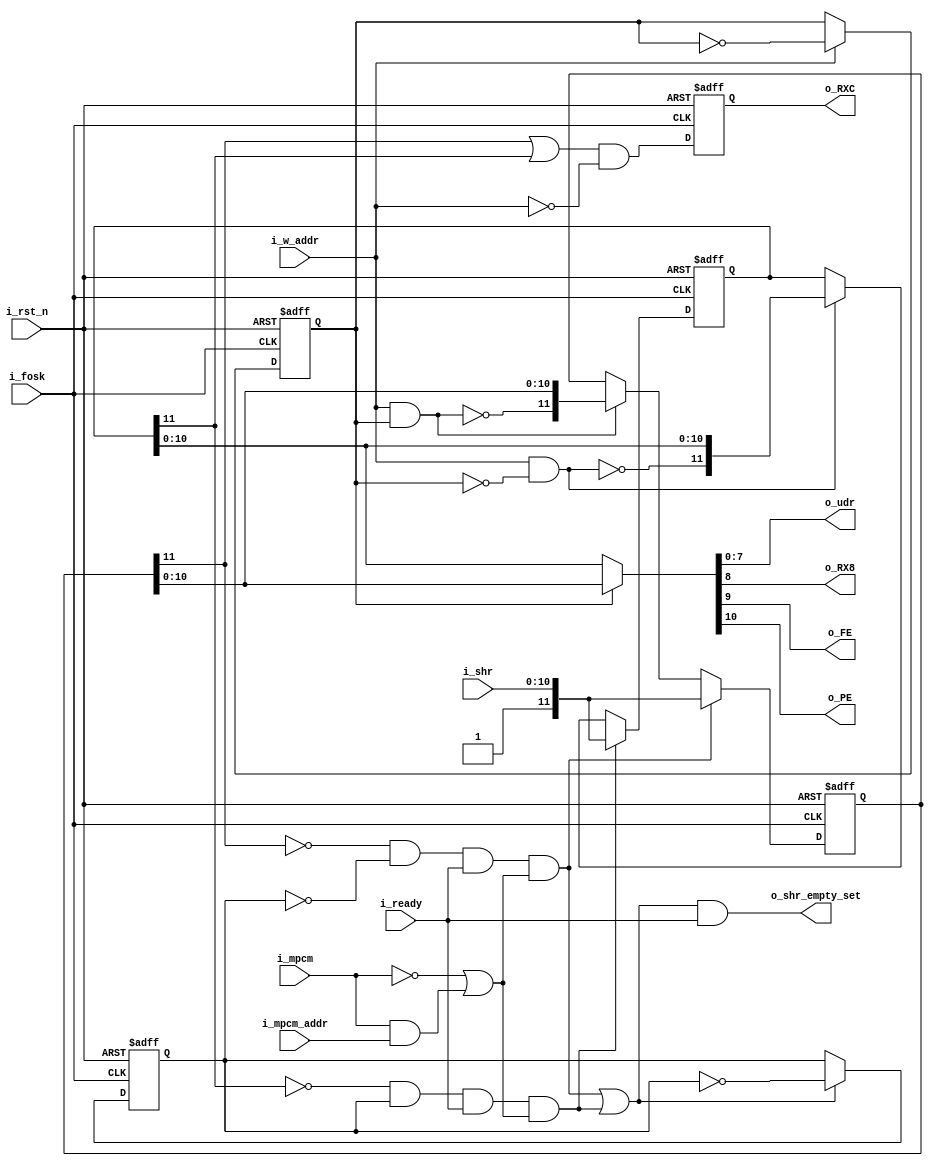
`timescale 1ns/1ps

module FIFO( 	i_fosk,
				i_rst_n,
				i_shr,
				i_ready,
				i_w_addr,
				i_mpcm,
				i_mpcm_addr,
				o_shr_empty_set,
				o_udr,
				o_RX8,
				o_FE,
				o_PE,
				o_RXC
				);

input 			i_fosk;					// 	system clock
input 			i_rst_n;				// 	reset
input 	[10:0]	i_shr;					// 	receive shift register
input 			i_ready;				//	valid data in shift register
input			i_w_addr;				//	data were read from udr
input			i_mpcm;					//  MPCM bit	
input			i_mpcm_addr;			//	address bit in multiprocessor mode

output			o_shr_empty_set;		//	set flag empty of the shift register 
output 	[7:0]	o_udr;					//	udr
output			o_RX8;					//	RXB8: Receive Data Bit 8
output			o_FE;					//	frame error
output			o_PE;					//	parity Error
output 			o_RXC;					//	USART Receive Complete

////////////////////////////////////////////////////////////////////////////////////
//				Variables
////////////////////////////////////////////////////////////////////////////////////
//Writing unit
reg 		w_addr;						//	write addr
wire 		udr1_we;					//	write valid data in the udr1
wire 		udr2_we;					//	write valid data in the udr2
//Registers
reg   		rxc;						//	USART Receive Complete flag
reg [11:0]	udr1;						// 	first fifo register [valid bit, i_shr]
reg [11:0]	udr2;						// 	second fifo register[valid bit, i_shr]
//Reading unit
wire		v1_rst;						//	data from the udr1 - unvalid
wire		v2_rst;						//	data from the udr2 - unvalid
reg 		r_addr;						//	read addr
wire[11:0] 	data;						//  next data

////////////////////////////////////////////////////////////////////////////////////
//				Writing unit
////////////////////////////////////////////////////////////////////////////////////
// next address for writing 
always@(posedge i_fosk, negedge i_rst_n) begin	
	if(!i_rst_n) 
		w_addr <= 0;	
	else
		if(udr1_we|udr2_we) 																			// change address after every record 
			w_addr <= ~w_addr;
end
//write enable for each of the registers
assign 	udr1_we = !udr1[11] & !w_addr & i_ready & (!i_mpcm | (i_mpcm&i_mpcm_addr));						// for first register
assign	udr2_we = !udr2[11] & w_addr & i_ready  & (!i_mpcm | (i_mpcm&i_mpcm_addr));						// for second register

////////////////////////////////////////////////////////////////////////////////////
//				Registers
////////////////////////////////////////////////////////////////////////////////////
always@(posedge i_fosk, negedge i_rst_n) begin
	if(!i_rst_n)begin
		udr1 <= 12'h000;
		udr2 <= 12'h000;
		rxc <= 0;
	end
	else begin
			rxc <= (udr1[11] | udr2[11])&!i_w_addr;			// USART Receive Complete flag
		case(1'b1)											// first register
			udr1_we:	udr1 <= {udr1_we, i_shr};			// write new data 
			v1_rst:		udr1 <= {!v1_rst, udr1[10:0]};		// if data were read, reset valid flag
			default:    udr1 <= udr1;
		endcase

		case(1'b1)											//second register		
			udr2_we: 	udr2 <= {udr2_we, i_shr};			// write new data
			v2_rst:		udr2 <= {!v2_rst, udr2[10:0]};		// if data were read, reset valid flag
			default:    udr2 <= udr2;
		endcase
	end
end

////////////////////////////////////////////////////////////////////////////////////
//				Reading unit
////////////////////////////////////////////////////////////////////////////////////
//next address for reading
always@(posedge i_fosk, negedge i_rst_n) begin
	if(!i_rst_n)
		r_addr <= 1;
	else
		if(i_w_addr)									// change address after every reading 
			r_addr <= ~r_addr;
end

assign	v1_rst = i_w_addr & r_addr;						// reset valid bit in udr1
assign 	v2_rst = i_w_addr & !r_addr;					// reset valid bit in udr2
assign  data   =  r_addr ?  udr1: udr2;					// output data

////////////////////////////////////////////////////////////////////////////////////
//				Output 
////////////////////////////////////////////////////////////////////////////////////
assign 	o_udr = data[7:0];					//	udr
assign	o_RX8 = data[8];					//	RXB8: Receive Data Bit 8
assign	o_FE  = data[9];					//	frame error
assign	o_PE  = data [10];					//	parity Error
assign 	o_RXC = rxc;						//	USART Receive Complete


assign o_shr_empty_set = (udr1_we|udr2_we) & i_ready;	//	set if it exist valid data in FIFO and shift register is empty

endmodule